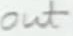
Text: out